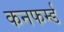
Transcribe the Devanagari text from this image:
कनफर्म्ड